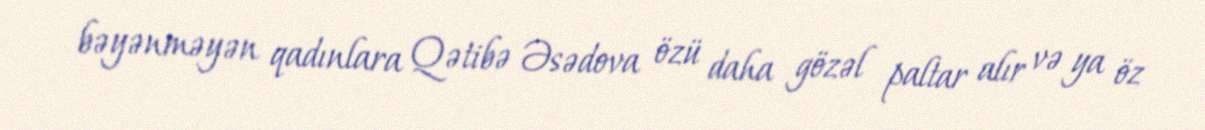
bəyənməyən qadınlara Qətibə Əsədova özü daha gözəl paltar alır və ya öz